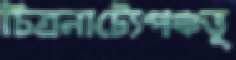
চিত্রনাট্যেপঞ্চভূ